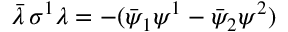
\bar { \lambda } \, \sigma ^ { 1 } \lambda = - ( \bar { \psi } _ { 1 } \psi ^ { 1 } - \bar { \psi } _ { 2 } \psi ^ { 2 } )